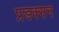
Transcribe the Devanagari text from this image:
प्रडक्सन